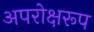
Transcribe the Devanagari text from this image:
अपरोक्षरूप